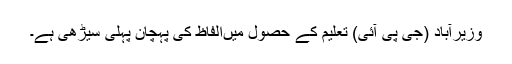
وزیرآباد (جی پی آئی) تعلیم کے حصول میںالفاظ کی پہچان پہلی سیڑھی ہے۔